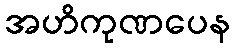
အဟိကုဏပေန